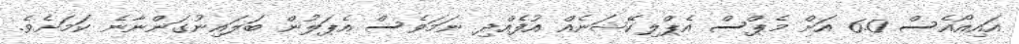
އައިއޯއެސް 6.0 އަށް މެޕްސް އެޕްލިކޭޝަނެއް އުފެއްދި ނަމަވެސް އެޕަލުން ބަލައިނުގަންނާނެ ކަމަށެވެ.